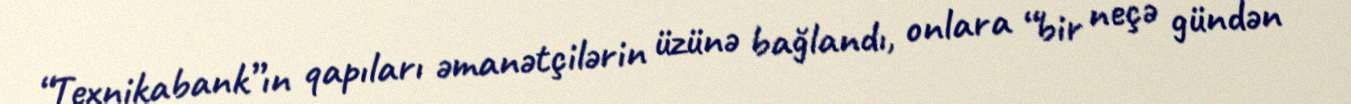
“Texnikabank”ın qapıları əmanətçilərin üzünə bağlandı, onlara “bir neçə gündən